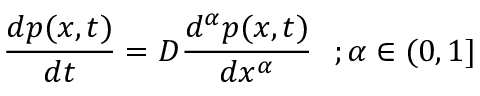
{ \frac { d p ( x , t ) } { d t } } = D { \frac { d ^ { \alpha } p ( x , t ) } { d x ^ { \alpha } } } ~ ~ ; \alpha \in ( 0 , 1 ]